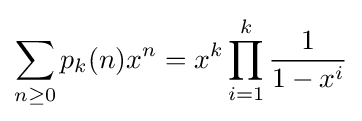
\sum _{n\geq 0}p_{k}(n)x^{n}=x^{k}\prod _{i=1}^{k}{\frac {1}{1-x^{i}}}